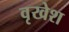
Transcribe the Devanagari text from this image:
वृखेश